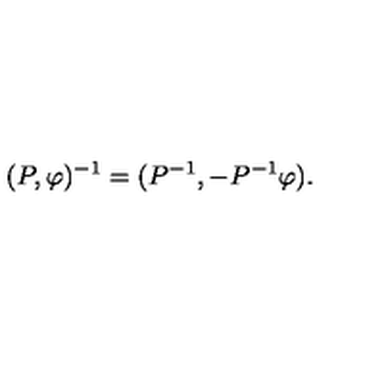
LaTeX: ( P , \varphi ) ^ { - 1 } = ( P ^ { - 1 } , - P ^ { - 1 } \varphi ) .